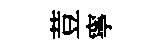
荳寧